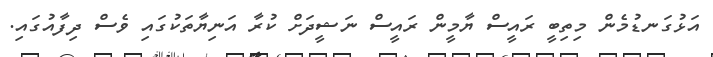
އަޅުގަނޑުމެން މިތިބީ ރައީސް ޔާމީން ރައީސް ނަޝީދަށް ކުރާ އަނިޔާތަކުގައި ވެސް ދިފާއުގައި.